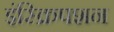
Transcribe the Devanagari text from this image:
इंस्क्रिपशन